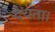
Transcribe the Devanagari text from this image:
देयता।